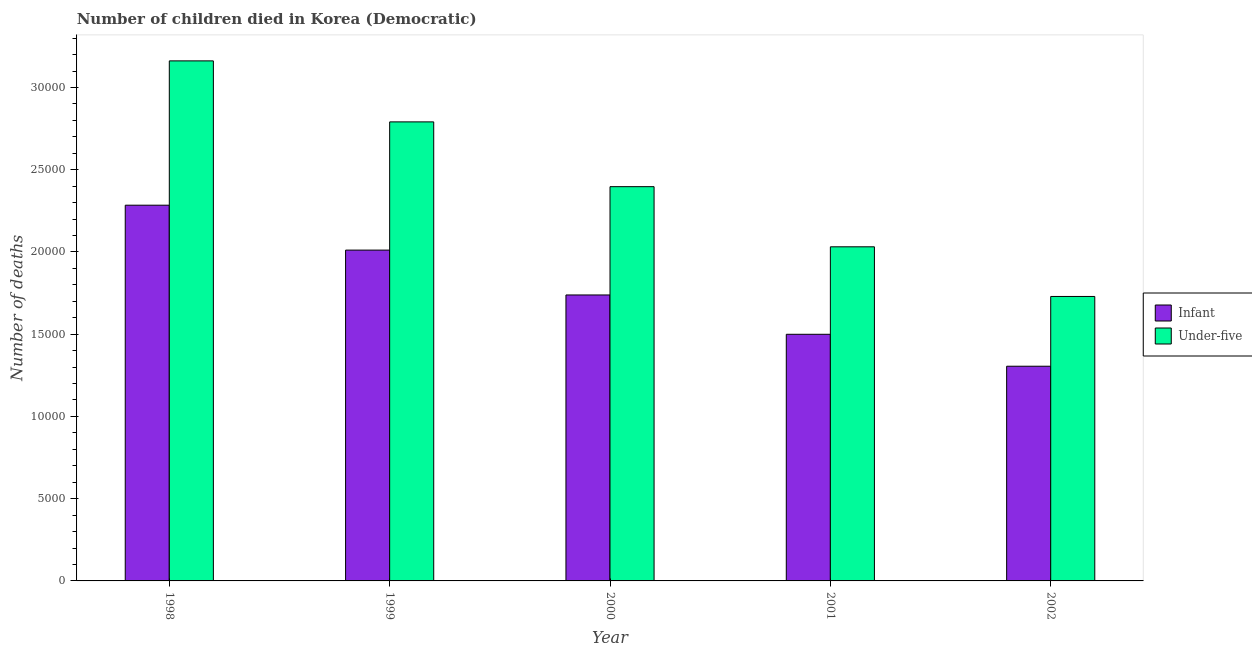
| Year | Infant | Under-five |
 | --- | --- | --- |
 | 1998 | 2.28e+04 | 3.16e+04 |
 | 1999 | 2.01e+04 | 2.79e+04 |
 | 2000 | 1.74e+04 | 2.4e+04 |
 | 2001 | 1.5e+04 | 2.03e+04 |
 | 2002 | 1.31e+04 | 1.73e+04 |